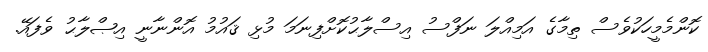
ކޮންމެމީހަކުވެސް ތިމާގެ އަމިއްލަ ނަފްސު އިސްލާޙުކޮށްފިނަމަ މުޅި ޤައުމު އޮންނާނީ އިޞްލާޙު ވެފައޭ.